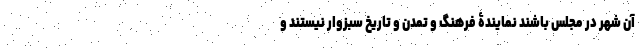
آن شهر در مجلس باشند نمایندۀ فرهنگ و تمدن و تاریخ سبزوار نیستند و